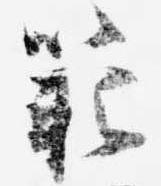
範